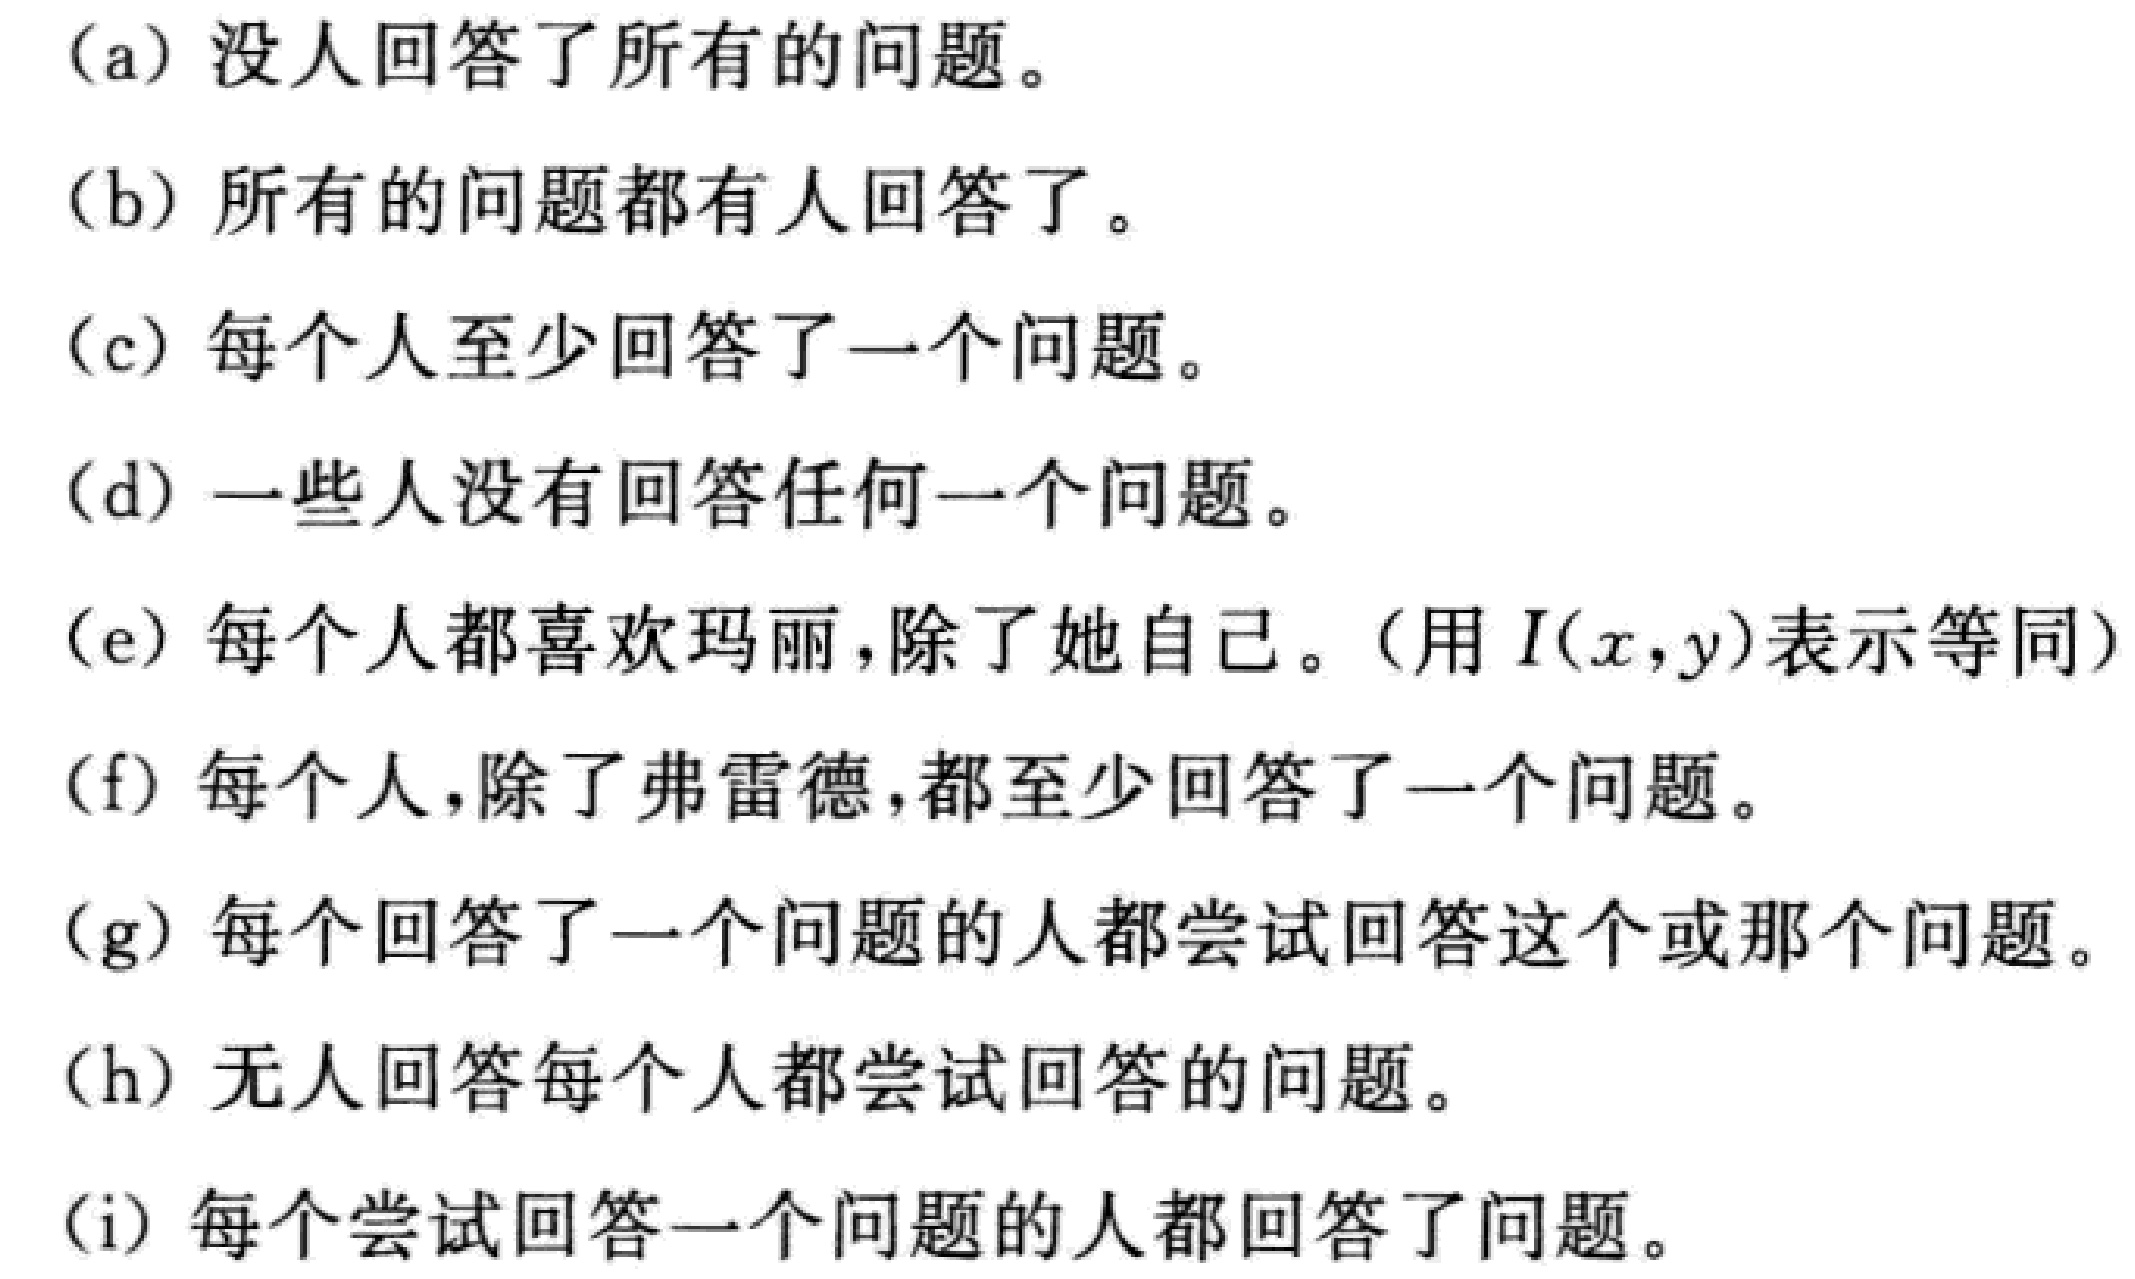
(a) 没人回答了所有的问题。

(b) 所有的问题都有人回答了。

(c) 每个人至少回答了一个问题。

(d) 一些人没有回答任何一个问题。

(e) 每个人都喜欢玛丽，除了她自己。（用\(I(x,y)\)表示等同）

(f) 每个人，除了弗雷德，都至少回答了一个问题。

(g) 每个回答了一个问题的人都尝试回答这个或那个问题。

(h) 无人回答每个人都尝试回答的问题。

(i) 每个尝试回答一个问题的人都回答了问题。